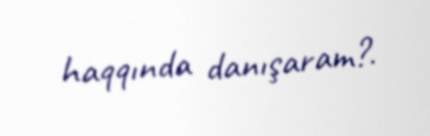
haqqında danışaram?.